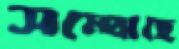
সম্‌ঝেছে